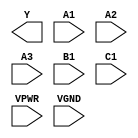
module sky130_fd_sc_hs__o311ai (
    Y   ,
    A1  ,
    A2  ,
    A3  ,
    B1  ,
    C1  ,
    VPWR,
    VGND
);

    output Y   ;
    input  A1  ;
    input  A2  ;
    input  A3  ;
    input  B1  ;
    input  C1  ;
    input  VPWR;
    input  VGND;
endmodule